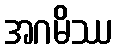
အဂမိဿ